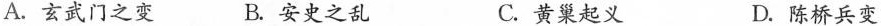
A.玄武门之变 B.安史之乱 C.黄巢起义 D.陈桥兵变